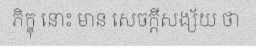
ភិក្ខុ នោះ មាន សេចក្តីសង្ស័យ ថា